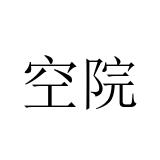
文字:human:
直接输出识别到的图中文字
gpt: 空院